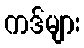
ကဒ်များ